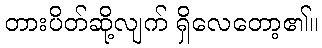
တားပိတ်ဆို့လျက် ရှိလေတော့၏။